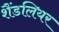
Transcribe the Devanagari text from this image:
शैंडलियर